Civil Veterinary Dept. Assam report 1911-1927 - 1911-1927
Year: 1911
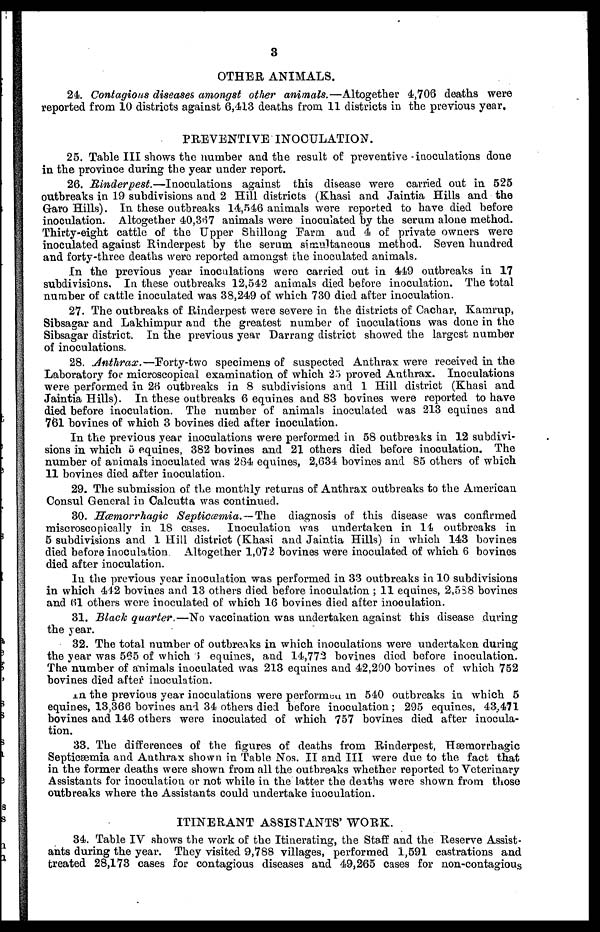
3
OTHER ANIMALS.
24. Contagious diseases amongst other animals.—Altogether 4,706 deaths were
reported from 10 districts against 6,413 deaths from 11 districts in the previous year.
PREVENTIVE INOCULATION.
25. Table III shows the number and the result of preventive inoculations done
in the province during the year under report.
26. Rinderpest.—Inoculations
against this disease were carried out in 525
outbreaks in 19 subdivisions and 2 Hill districts (Khasi and Jaintia Hills and the
Garo Hills). In these outbreaks 14,546 animals were reported to have died before
inoculation. Altogether 40,367 animals were inoculated by the serum alone method.
Thirty-eight cattle of the Upper Shillong Farm and 4 of private owners were
inoculated against Rinderpest by the serum simultaneous method. Seven hundred
and forty-three deaths were reported amongst the inoculated animals.
In the previous year inoculations were carried out in 449 outbreaks in 17
subdivisions. In these outbreaks 12,542 animals died before inoculation. The total
number of cattle inoculated was 38,249 of which 730 died after inoculation.
27. The outbreaks of Rinderpest were severe in the districts of Cachar, Kamrup,
Sibsagar and Lakhimpur and the greatest number of inoculations was done in the
Sibsagar district. In the previous year Darrang district showed the largest number
of inoculations.
28. Anthrax.—Forty-two
specimens of suspected Anthrax were received in the
Laboratory for microscopical examination of which 25 proved Anthrax. Inoculations
were performed in 26 outbreaks in 8 subdivisions and 1 Hill district (Khasi and
Jaintia Hills). In these outbreaks 6 equines and 83 bovines were reported to have
died before inoculation. The number of animals inoculated was 213 equines and
761 bovines of which 3 bovines died after inoculation.
In the previous year inoculations were performed in 58 outbreaks in 12 subdivi-
sions in which 5 equines, 382 bovines and 21 others died before inoculation. The
number of animals inoculated was 284 equines, 2,634 bovines and 85 others of which
11 bovines died after inoculation.
29. The submission of the monthly returns of Anthrax outbreaks to the American
Consul General in Calcutta was continued.
30. Hæmorrhagic Septicæmia.— The diagnosis of this disease was confirmed
miscroscopically in 18 cases. Inoculation was undertaken in 14 outbreaks in
5 subdivisions and 1 Hill district (Khasi and Jaintia Hills) in which 143 bovines
died before inoculation Altogether 1,072 bovines were inoculated of which 6 bovines
died after inoculation.
In the previous year inoculation was performed in 33 outbreaks in 10 subdivisions
in which 442 bovines and 13 others died before inoculation ; 11 equines, 2,588 bovines
and 61 others were inoculated of which 16 bovines died after inoculation.
31. Black quarter—No vaccination was undertaken against this disease during
the year.
32. The total number of outbreaks in which inoculations were undertaken during
the year was 565 of which 6 equines, and 14,773 bovines died before inoculation.
The number of animals inoculated was 213 equines and 42,200 bovines of which 752
bovines died after inoculation.
in the previous year inoculations were performed in 540 outbreaks in which 5
equines, 13,366 bovines and 34 others died before inoculation; 295 equines, 43,471
bovines and 146 others were inoculated of which 757 bovines died after inocula-
tion.
33. The differences of the figures of deaths from Rinderpest, Hæmorrhagic
Septicæmia and Anthrax shown in Table Nos. II and III were due to the fact that
in the former deaths were shown from all the outbreaks whether reported to Veterinary
Assistants for inoculation or not while in the latter the deaths were shown from those
outbreaks where the Assistants could undertake inoculation.
ITINERANT ASSISTANTS' WORK.
34. Table IV shows the work of the Itinerating, the Staff and the Reserve Assist-
ants during the year. They visited 9,788 villages, performed 1,591 castrations and
treated 28,173 cases for contagious diseases and 49,265 cases for non-contagious